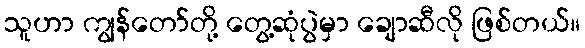
သူဟာ ကျွန်တော်တို့ တွေ့ဆုံပွဲမှာ ချောဆီလို ဖြစ်တယ်။